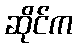
ဆိုင်က